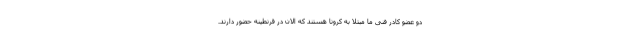
دو عضو کادر فنی ما مبتلا به کرونا هستند که الان در قرنطینه حضور دارند.